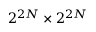
2 ^ { 2 N } \times 2 ^ { 2 N }